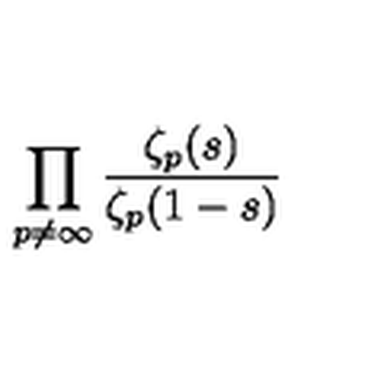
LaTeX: \prod _ { p \neq \infty } ^ { { } } \frac { \zeta _ { p } ( s ) } { \zeta _ { p } ( 1 - s ) }